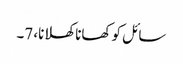
سائل کو کھانا کھلانا، 7۔